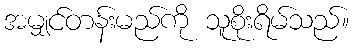
အမျှင်တန်းမည်ကို သူစိုးရိမ်သည်။